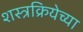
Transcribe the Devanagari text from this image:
शस्त्रक्रियेच्या